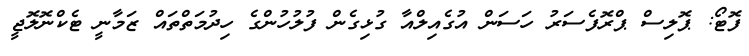
ފޮޓޯ: ޕޮލިސް ޕްރޮފެސަރު ހަސަން އުގެއިލްއާ ގުޅިގެން ފުލުހުންގެ ހިދުމަތްތައް ޒަމާނީ ޓެކްނޮލޮޖީ